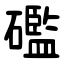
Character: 礛